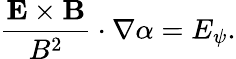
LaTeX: \frac{\mathbf{E}\times\mathbf{B}}{B^{2}}\cdot\nabla\alpha=E_{\psi}.